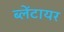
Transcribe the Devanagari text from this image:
ब्लेंटायर